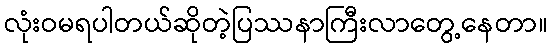
လုံးဝမရပါတယ်ဆိုတဲ့ပြဿနာကြီးလာတွေ့နေတာ။